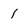
Character: 1